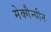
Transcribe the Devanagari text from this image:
मेक्गैन्यीन